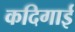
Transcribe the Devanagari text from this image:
कदिगाई